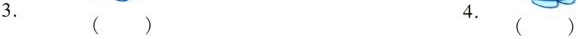
3.() 4.()